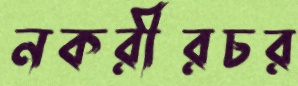
নকরীরচর